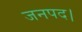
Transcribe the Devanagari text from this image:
जनपद।